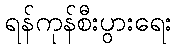
ရန်ကုန်စီးပွားရေး